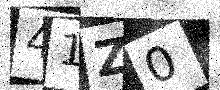
Text: 41Z0